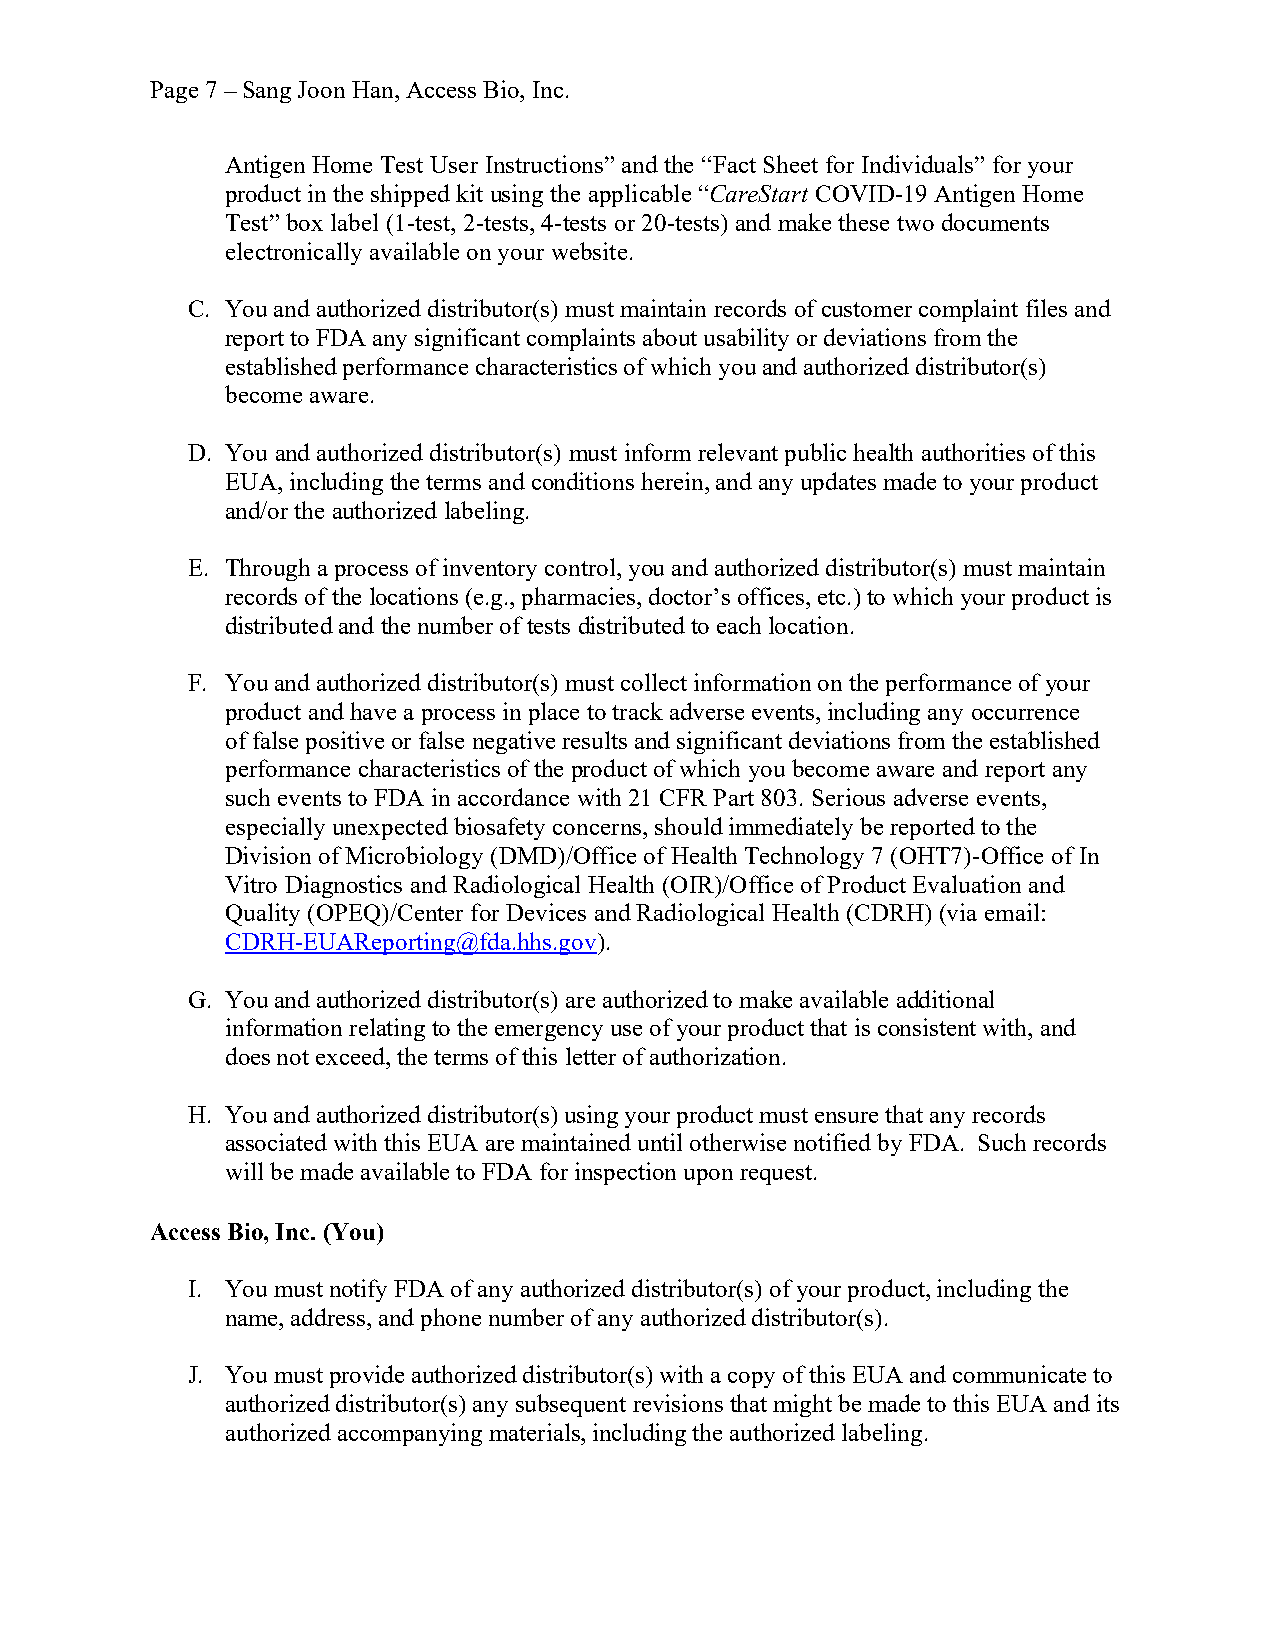
Page 7 – Sang Joon Han, Access Bio, Inc.
 Antigen Home Test User Instructions” and the “Fact Sheet for Individuals” for your
 product in the shipped kit using the applicable “CareStart COVID-19 Antigen Home
 Test” box label (1-test, 2-tests, 4-tests or 20-tests) and make these two documents
 electronically available on your website.
 C. You and authorized distributor(s) must maintain records of customer complaint files and
 report to FDA any significant complaints about usability or deviations from the
 established performance characteristics of which you and authorized distributor(s)
 become aware.
 D. You and authorized distributor(s) must inform relevant public health authorities of this
 EUA, including the terms and conditions herein, and any updates made to your product
 and/or the authorized labeling.
 E. Through a process of inventory control, you and authorized distributor(s) must maintain
 records of the locations (e.g., pharmacies, doctor’s offices, etc.) to which your product is
 distributed and the number of tests distributed to each location.
 F. You and authorized distributor(s) must collect information on the performance of your
 product and have a process in place to track adverse events, including any occurrence
 of false positive or false negative results and significant deviations from the established
 performance characteristics of the product of which you become aware and report any
 such events to FDA in accordance with 21 CFR Part 803. Serious adverse events,
 especially unexpected biosafety concerns, should immediately be reported to the
 Division of Microbiology (DMD)/Office of Health Technology 7 (OHT7)-Office of In
 Vitro Diagnostics and Radiological Health (OIR)/Office of Product Evaluation and
 Quality (OPEQ)/Center for Devices and Radiological Health (CDRH) (via email:
 CDRH-EUAReporting@fda.hhs.gov).
 G. You and authorized distributor(s) are authorized to make available additional
 information relating to the emergency use of your product that is consistent with, and
 does not exceed, the terms of this letter of authorization.
 H. You and authorized distributor(s) using your product must ensure that any records
 associated with this EUA are maintained until otherwise notified by FDA. Such records
 will be made available to FDA for inspection upon request.
 Access Bio, Inc. (You)
 I. You must notify FDA of any authorized distributor(s) of your product, including the
 name, address, and phone number of any authorized distributor(s).
 J. You must provide authorized distributor(s) with a copy of this EUA and communicate to
 authorized distributor(s) any subsequent revisions that might be made to this EUA and its
 authorized accompanying materials, including the authorized labeling.